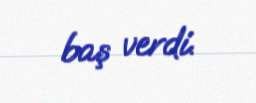
baş verdi.